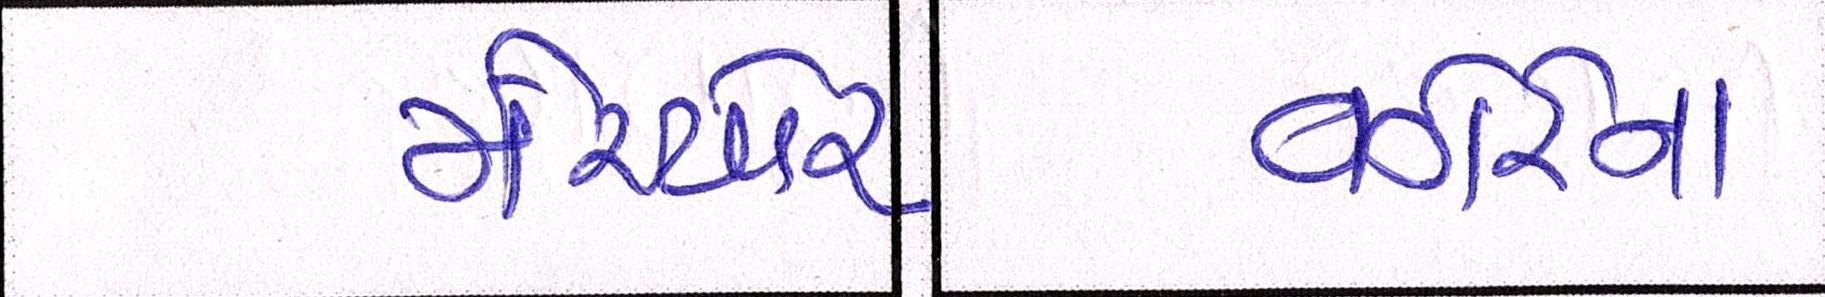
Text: વગેરેના